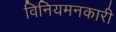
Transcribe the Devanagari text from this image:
विनियमनकारी